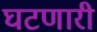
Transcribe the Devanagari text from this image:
घटणारी